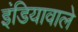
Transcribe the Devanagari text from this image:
इंडियावाले